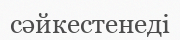
сәйкестенеді